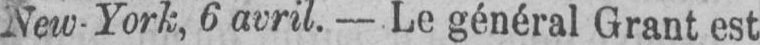
New-York, 6 avril. - Le général Grant est